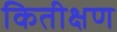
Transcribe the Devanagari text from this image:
कितीक्षण